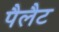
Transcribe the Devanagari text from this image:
पैलैट